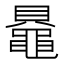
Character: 𬹠